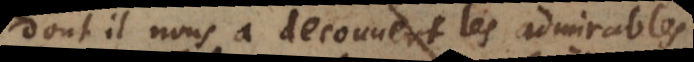
dont il nous a decouvert les admirables